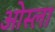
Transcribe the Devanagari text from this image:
ओस्ला